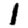
Digit: 1